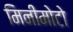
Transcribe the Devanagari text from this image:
मिनीमोटो